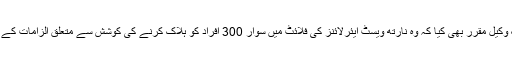
جج نے اس مقصد کے لیے ایک وکیل مقرر بھی کیا کہ وہ نارتھ ویسٹ ایئرلائنز کی فلائٹ میں سوار 300 افراد کو ہلاک کرنے کی کوشش سے متعلق الزامات کے خلاف عبدالمطلب کی مدد کرے۔